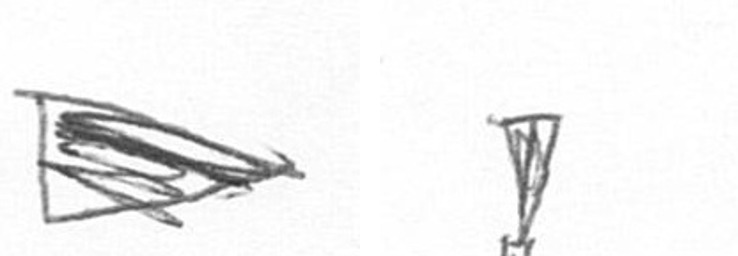
T Z